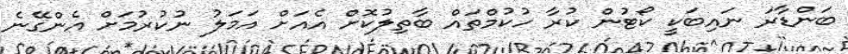
ބަންޑާރަ ނައިބަކީ ކޯޓުން ކުރާ ހުކުމްތައް ބާތިލުކޮށް އެއަށް އަމަލު ނުކުރުމަށް އެންގޭނެ